Vaccination in Bombay 1889-1901 - 1889-1901
Year: 1889
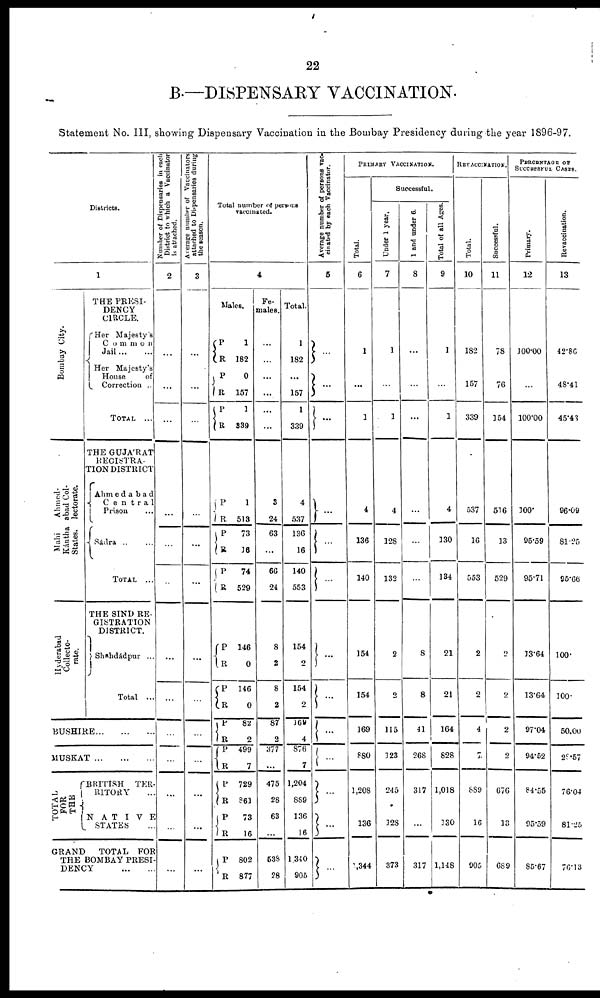
22
B.— DISPENSARY VACCINATION.
Statement No. III, showing Dispensary Vaccination in the Bombay Presidency during the year 1896-97.
Districts.
1
Bombay City.
Ahmed¬
abad Col¬
lectorate.
Kántha
States.
Hyderabad
Collecto¬
rate.
THE PRESI-
DENCY
CIRCLE.
Her Majesty's
Common
Jail...
...
Her Majesty's
House
of
Correction ..
TOTAL ...
THE GUJÁRAT
REGISTRA¬
TION DISTRICT
Ahmedabad
Central
Prison ...
Sádra ... ...
TOTAL ...
THE SIND RE-
GISTRATION
DISTRICT.
Shahdádpur ...
Total ...
BUSHIRE...
...
...
MUSKAT
...
...
...
TOTAL
FOR
THE
BRITISH TER-
RITORY ...
NATIVE
STATES ...
GRAND
TOTAL FOR
THE BOMBAY PRESI¬
DENCY
...
...
Number of Dispensaries in each
District to which a Vaccinator
is attached.
2
...
...
...
...
...
...
...
...
...
...
...
...
...
Average number of Vaccinators
attached to Dispensaries during
the season.
3
...
...
...
...
...
...
...
...
...
...
...
...
...
Total number of persons
vaccinated.
4
Males.
P
R
P
R
P
R
1
182
0
157
1
339
P
R
P
R
P
1
1
513
73
16
74
529
P
R
P R
P
R
P
R
P
R
P
R
P
R
146
0
140
0
82
2
499
7
729
861
73
16
802
877
Fe-
males.
...
...
...
...
...
...
3
24
63
...
66
24
8
2
8
2
87
2
377
...
475
28
63
...
538
28
Total.
1
182
...
157
1
339
4
537
136
16
140
553
154
2
154
2
169
4
876
7
1,204
889
136
16
1,340
905
Average number of persons vac¬
cinated by each Vaccinator.
5
...
...
...
...
...
...
...
...
...
...
...
...
...
PRIMARY VACCINATION.
Total.
6
1
...
1
4
136
140
154
154
169
880
1,208
136
1,344
Successful.
Under 1 year.
7
1
...
1
4
128
132
2
2
115
123
245
128
373
1 and under 6.
8
...
...
...
...
...
...
8
8
41
268
317
...
317
Total of all Ages.
9
1
...
1
4
130
134
21
21
164
828
1,018
130
1,148
REVACCINATION.
Total.
10
182
157
339
537
16
553
2
2
4
7
889
16
905
Successful.
11
78
76
154
516
13
529
2
2
2
2
676
13
689
PERCENTAGE OF
SUCCESSFUL CASES.
Primary.
12
100.00
...
100.00
100.
95.59
95.71
13.64
13.64
97.04
94.52
84.55
95.59
85.67
Revaccination.
13
42.86
48.41
45.43
96.09
81.25
95.66
100.
100.
50.00
28.57
76.04
81.25
76.13